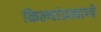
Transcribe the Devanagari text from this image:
किल्यांप्रमाणे